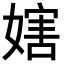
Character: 𡟲